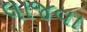
લાજવા